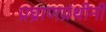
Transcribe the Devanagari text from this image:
प्रघ्राणग्रंथीनी